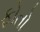
ફોતો